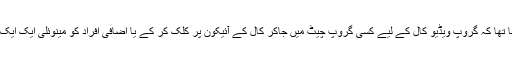
موبائل ایپلکشن کا کہنا تھا کہ گروپ ویڈیو کال کے لیے کسی گروپ چیٹ میں جاکر کال کے آئیکون پر کلک کر کے یا اضافی افراد کو مینوئلی ایک ایک کرکے ایڈ کرنا ہوگا۔